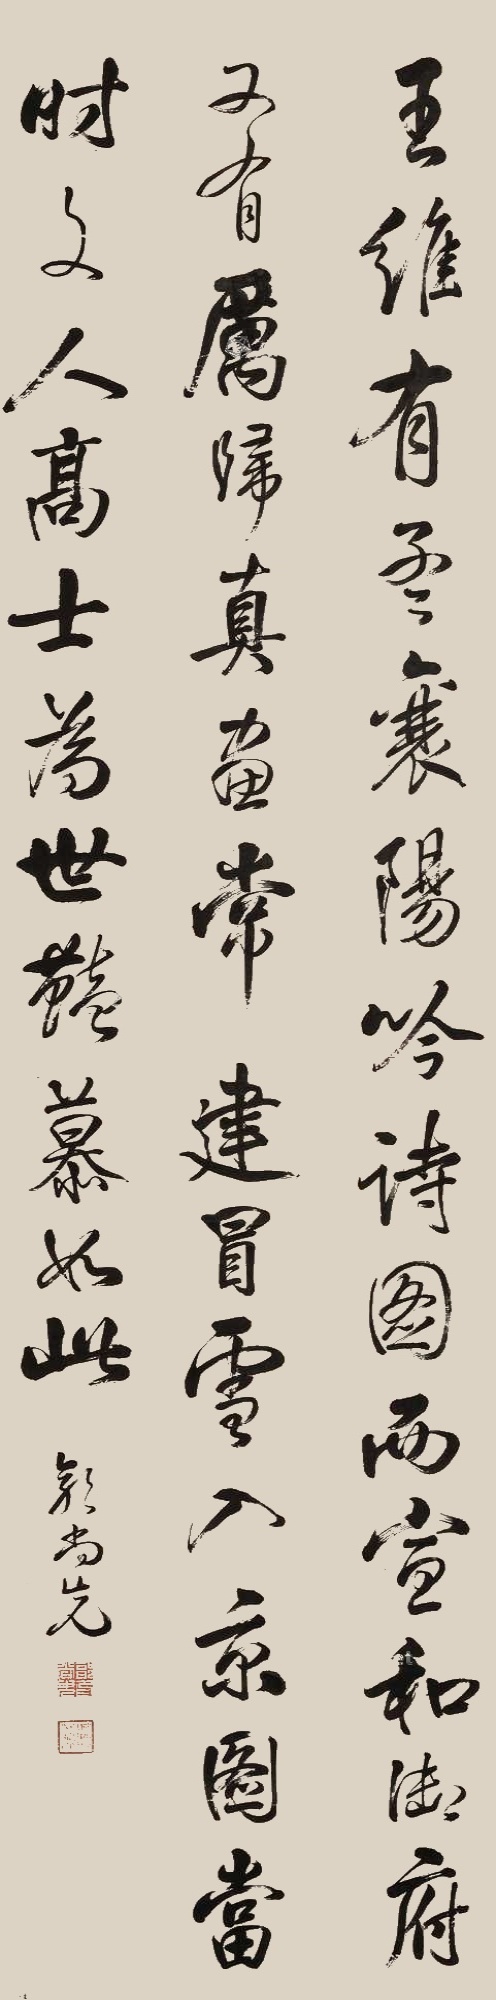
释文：王维有《孟襄阳吟诗图》，而宣和御府又有厉归真画《常建冒学入京图》。当时文人高士为世艳慕如此。郭尚先。